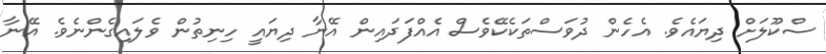
ސްކޫލަށް ދިޔައެވެ. އެހެން ދުވަސްތަކެކޭވެސް އެއްފަދައިން އޭނާ ދިޔައީ ހިނިތުން ވެލައިގެންނެވެ. އޭނާ